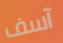
آسف